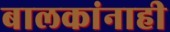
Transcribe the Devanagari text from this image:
बालकांनाही